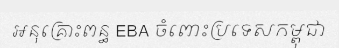
អនុគ្រោះពន្ធ EBA ចំពោះប្រទេសកម្ពុជា